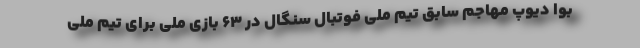
بوا دیوپ مهاجم سابق تیم ملی فوتبال سنگال در ۶۳ بازی ملی برای تیم ملی